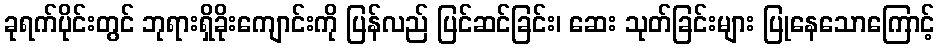
ခုရက်ပိုင်းတွင် ဘုရားရှိခိုးကျောင်းကို ပြန်လည် ပြင်ဆင်ခြင်း၊ ဆေး သုတ်ခြင်းများ ပြုနေသောကြောင့်